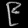
Digit: ၉